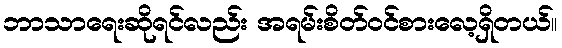
ဘာသာရေးဆိုရင်လည်း အရမ်းစိတ်ဝင်စားလေ့ရှိတယ်။